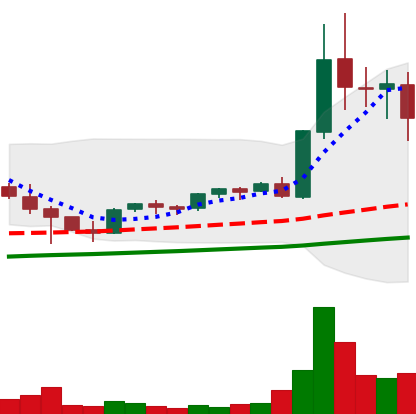
Ticker: EOS-USD
Chart end date: 2021-05-10
Forward return: 10.531%
Label: up_7plus